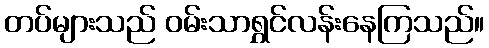
တပ်များသည် ဝမ်းသာရွှင်လန်းနေကြသည်။